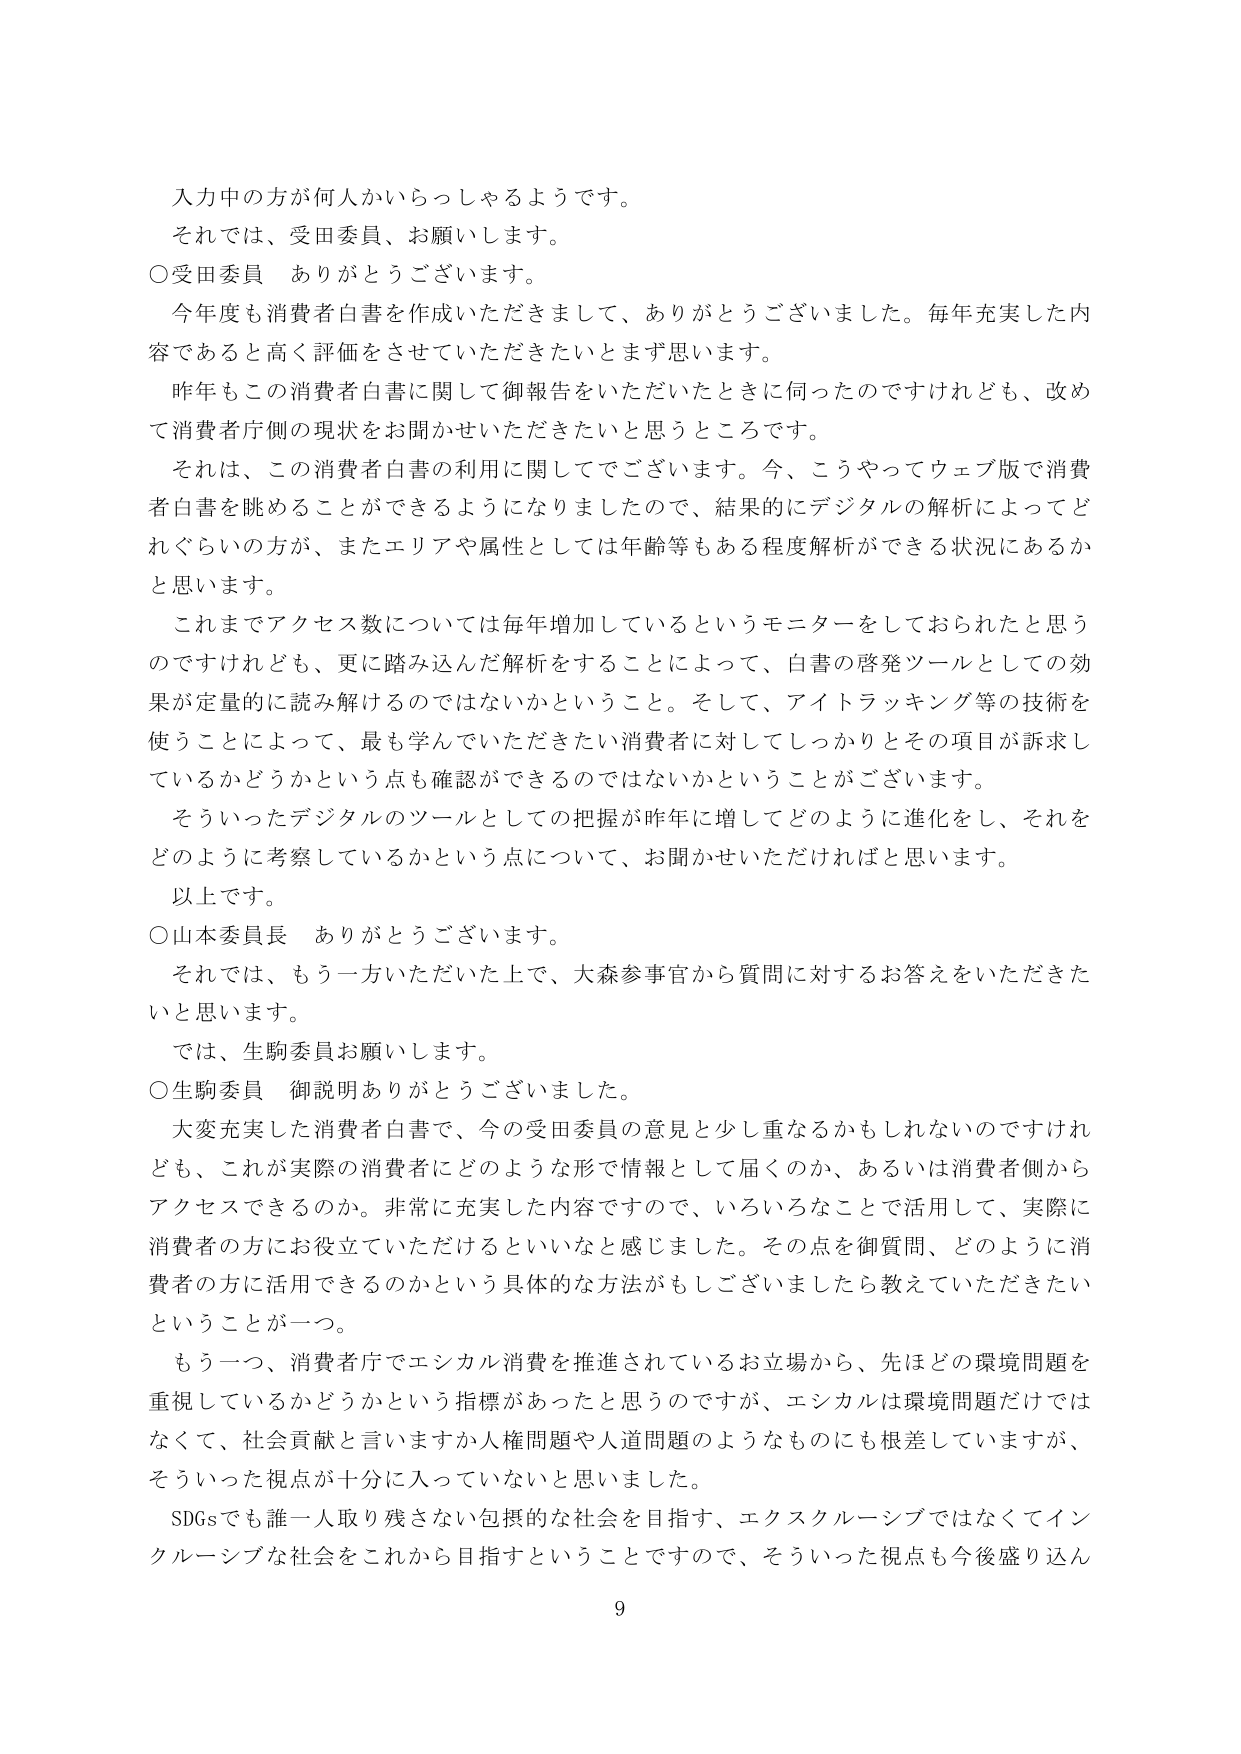
入力中の方が何人かいらっしゃるようです。
それでは、受田委員、お願いします。
○受田委員　ありがとうございます。
　今年度も消費者白書を作成いただきまして、ありがとうございました。毎年充実した内容であると高く評価をさせていただきたいとまず思います。
　昨年もこの消費者白書に関して御報告をいただいたときに伺ったのですけれども、改めて消費者庁側の現状をお聞かせいただきたいと思うところです。
　それは、この消費者白書の利用に関してでございます。今、こうやってウェブ版で消費者白書を眺めることができるようになりましたので、結果的にデジタルの解析によってどれぐらいの方が、またエリアや属性としては年齢等もある程度解析ができる状況にあるかと思います。
　これまでアクセス数については毎年増加しているというモニターをしておられたと思うのですけれども、更に踏み込んだ解析をすることによって、白書の啓発ツールとしての効果が定量的に読み解けるのではないかということ。そして、アイトラッキング等の技術を使うことによって、最も学んでいただきたい消費者に対してしっかりとその項目が訴求しているかどうかという点も確認ができるのではないかということがございます。
　そういったデジタルのツールとしての把握が昨年に増してどのように進化をし、それをどのように考察しているかという点について、お聞かせいただければと思います。
　以上です。
○山本委員長　ありがとうございます。
　それでは、もう一方いただいた上で、大森参事官から質問に対するお答えをいただきたいと思います。
　では、生駒委員お願いします。
○生駒委員　御説明ありがとうございました。
　大変充実した消費者白書で、今の受田委員の意見と少し重なるかもしれないのですけれども、これが実際の消費者にどのような形で情報として届くのか、あるいは消費者側からアクセスできるのか。非常に充実した内容ですので、いろいろなことで活用して、実際に消費者の方にお役立ていただけるといいなと感じました。その点を御質問、どのように消費者の方に活用できるのかという具体的な方法がもしございましたら教えていただきたいということが一つ。
　もう一つ、消費者庁でエシカル消費を推進されているお立場から、先ほどの環境問題を重視しているかどうかという指標があったと思うのですが、エシカルは環境問題だけではなくて、社会貢献と言いますか人権問題や人道問題のようなものにも根差していますが、そういった視点が十分に入っていないと思いました。
　SDGsでも誰一人取り残さない包摂的な社会を目指す、エクスクルーシブではなくてインクルーシブな社会をこれから目指すということですので、そういった視点も今後盛り込ん
9